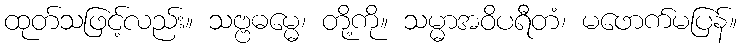
ထုတ်သဖြင့်လည်း။ သဗ္ဗဓမ္မေ၊ တို့ကို။ သမ္မာအဝိပရီတံ၊ မဖောက်မပြန်။